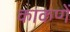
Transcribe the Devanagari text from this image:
काकणें